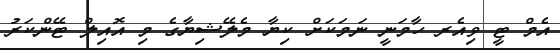
އެމް ޓީ ވިއެރ ހާމަނީ ނަމަކަށް ކިޔާ މެލޭޝިޔާގެ މި އޮއިލް ޓޭންކަރު